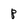
Character: p